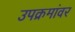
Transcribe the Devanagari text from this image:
उपक्रमांवर